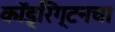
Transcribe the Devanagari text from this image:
कॉड्रिंग्टनचा